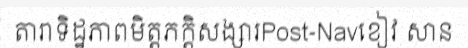
តារាទិដ្ឋភាពមិត្តភក្តិសង្សារPost-Navខៀវ សាន